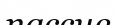
пассив